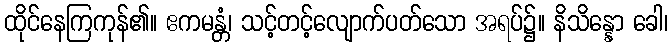
ထိုင်နေကြကုန်၏။ ဧကမန္တံ၊ သင့်တင့်လျောက်ပတ်သော အရပ်၌။ နိသိန္နော ခေါ၊